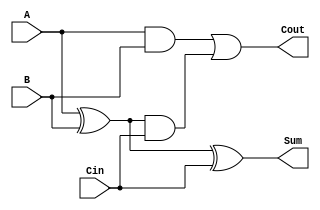
module tree_structured_full_adder (
    input  wire A,    // First significant bit
    input  wire B,    // Second significant bit
    input  wire Cin,  // Carry-in bit
    output wire Sum,   // Sum output
    output wire Cout   // Carry-out output
);

// Intermediate signals
wire S1;  // Intermediate sum from Half Adder 1
wire C1;  // Carry from Half Adder 1
wire C2;  // Carry from Half Adder 2

// Half Adder 1
assign S1 = A ^ B;   // Sum from Half Adder 1
assign C1 = A & B;   // Carry from Half Adder 1

// Half Adder 2
assign Sum = S1 ^ Cin; // Final Sum output
assign C2 = S1 & Cin;  // Carry from Half Adder 2

// Final Carry output
assign Cout = C1 | C2; // Combine carry outputs from both half adders

endmodule